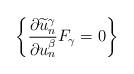
LaTeX: \begin{align*} \left\{\frac{\partial \widetilde{u}_n^{\gamma}}{\partial u_n^{\beta}}F_{\gamma}=0\right\} \end{align*}